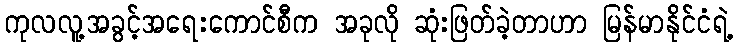
ကုလလူ့အခွင့်အရေးကောင်စီက အခုလို ဆုံးဖြတ်ခဲ့တာဟာ မြန်မာနိုင်ငံရဲ့